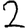
Digit: 2